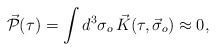
LaTeX: \begin{align*}\vec{\cal P}(\tau)=\int d^3\sigma_o\,\vec{K}(\tau,\vec{\sigma}_o)\approx 0, \end{align*}